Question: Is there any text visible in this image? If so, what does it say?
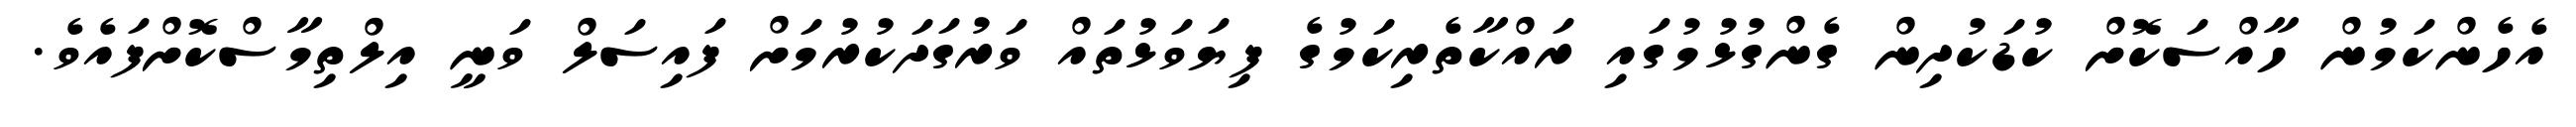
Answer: އެހެންކަމުން ހާއްސަކޮށް ކުޑަކުދިން ގެންގުޅުމުގައި ރައްކާތެރިކަމުގެ ފިޔަވަޅުތައް ވަރުގަދަކުރުމަށް ފައިސަލް ވަނީ އިލްތިމާސްކޮށްފައެވެ.